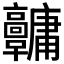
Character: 𩫱